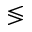
\lessgtr